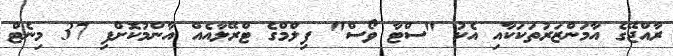
ރާއްޖޭގެ އާމަންޒަރުތަކަކާއި އެކު "ސްޓާ ވޯސް" ފިލްމްގެ ޓްރޭލާއެއް އާންމުކޮށްފި 37 މިނެޓް